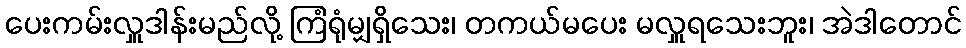
ပေးကမ်းလှူဒါန်းမည်လို့ ကြံရုံမျှရှိသေး၊ တကယ်မပေး မလှူရသေးဘူး၊ အဲဒါတောင်